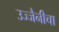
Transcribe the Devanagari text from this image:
उज्जैनीचा